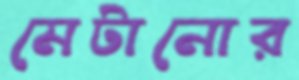
মেটানোর